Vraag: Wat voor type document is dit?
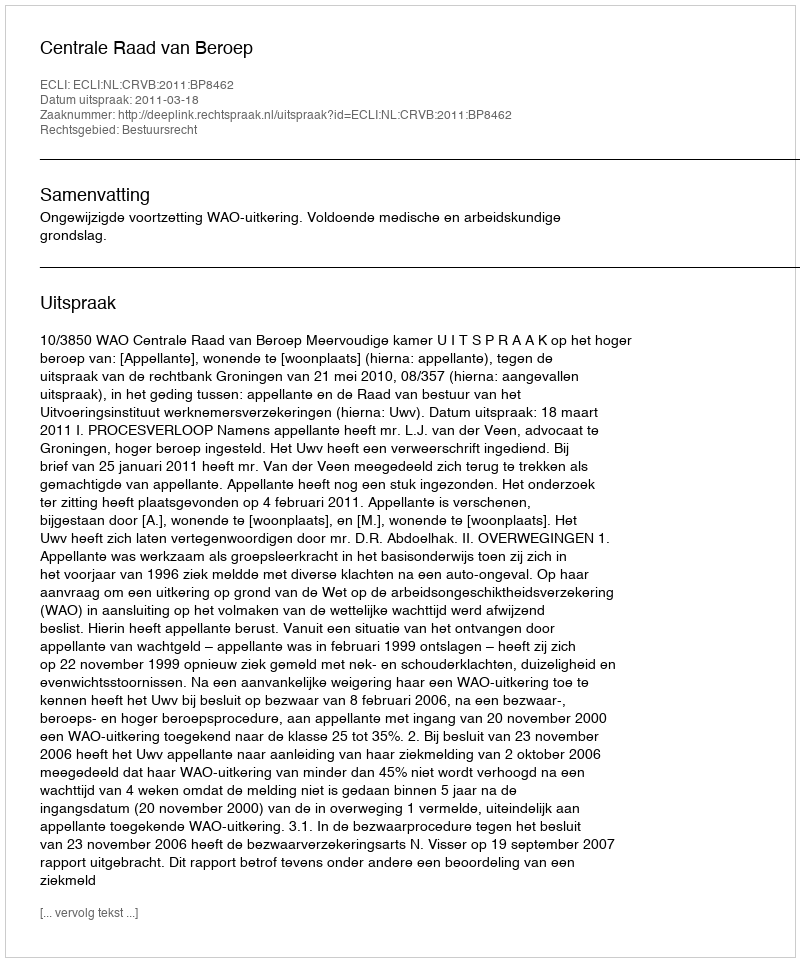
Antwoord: Uitspraak